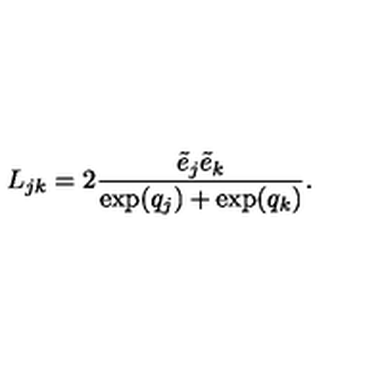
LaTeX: L _ { j k } = 2 \frac { \tilde { e } _ { j } \tilde { e } _ { k } } { \exp ( q _ { j } ) + \exp ( q _ { k } ) } .